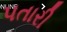
પતારી